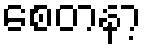
စေတနာ့